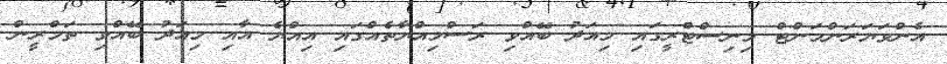
އެންވަޔަރަންމަންޓް މިނިސްޓްރީގައި މިއަދު ބޭއްވި ރަސްމިއްޔާތެއްގައި އިއްޔެ އާއި މިއަދު ބޭއްވި ތަމްރީން